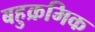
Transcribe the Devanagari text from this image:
बहुक्रमिक